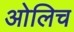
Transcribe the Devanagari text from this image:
ओलिच